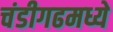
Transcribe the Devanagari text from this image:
चंडीगढमध्ये